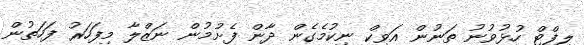
ލިފްޓް ހުޅުވުނު ތަނުން އަވިކް ނިކުމެގެން ދާން ފެށުމުން ނަޒްލާ މިފަހަރު ފަހަތުން